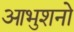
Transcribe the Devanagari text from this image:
आभुशनो